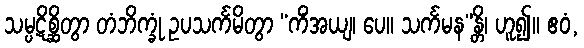
သမ္ပဋိစ္ဆိတွာ တံဘိက္ခုံ ဥပသင်္ကမိတွာ “ကိံအယျ၊ ပေ။ သင်္ကမန”န္တိ၊ ဟူ၍။ ဧဝံ,